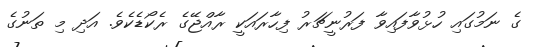
ގެ ނަމުގައި ހުޅުވާފައިވާ ފަރުނީޗަރު ފިހާރައަކީ ރާއްޖޭގެ ރެކޯޑެކެވެ. އަދި މި ތަނުގެ